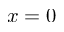
x = 0